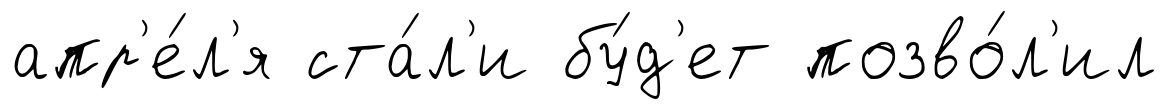
апр'е́л'я ста́л'и бу́д'ет позво́л'ил